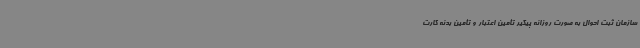
سازمان ثبت احوال به صورت روزانه پیگیر تأمین اعتبار و تأمین بدنه کارت